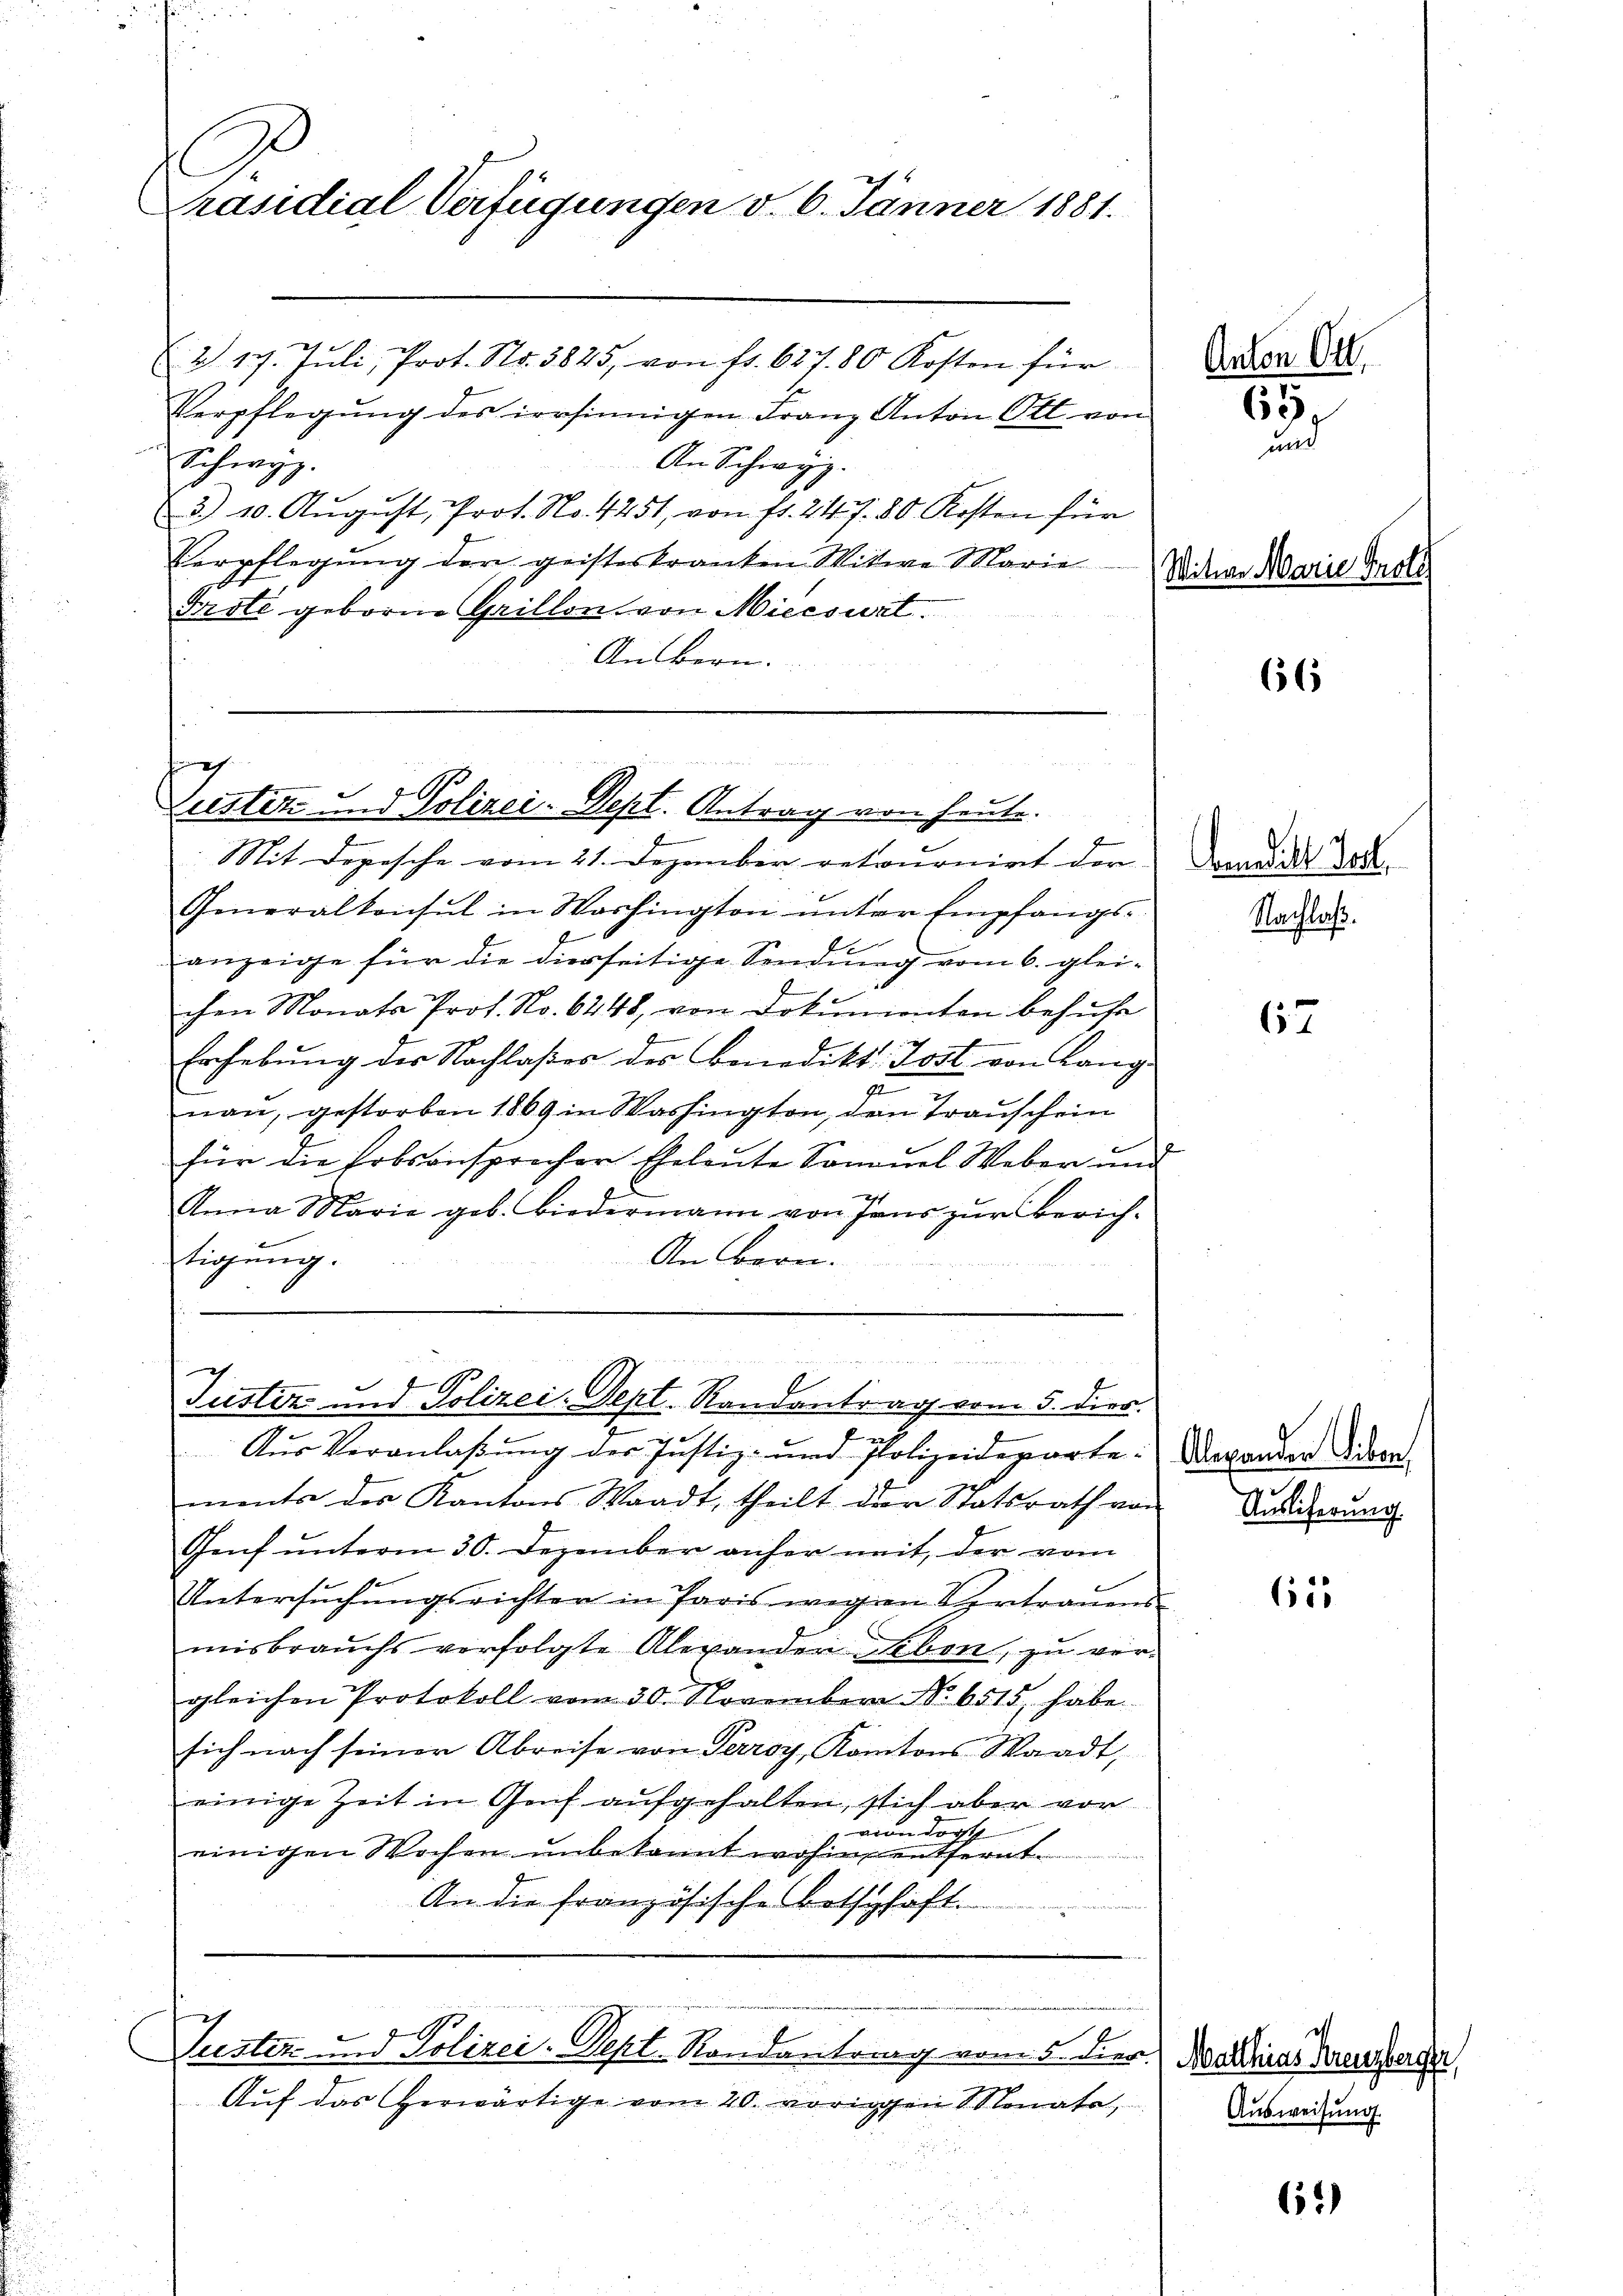
C
Präsidial-Verfügungen v. 6. Jänner 1881.
E. 2) 17. Jŭli Prot. Nr. 3825, von fr. 627. 80 Kosten für

Verpflegŭng des irrsinnigen Franz Anton Ott von
Schwyz.
An Schwyz.
3.) 10. Aŭgŭst, Prot. No. 4251, von fr. 247. 80 Kosten für
Verpflegung der geisteskranken Witwe Marie
Fristi geborne Grillon von Mieesurt
An Bern.

Generalkonsul in Washington ŭnter Empfangs-
anzeige für die diesseitige Sendung vom 6. glei-
chen Monats Prof. No. 6248, von Dokumenten behufe
g
Erhebŭng der Nachlaβios des Benedikt Jost von Lang¬
22
nau, gestorben 1869 in Washington, den Trauschein
für die Erbsansprocher Eheleute Sonnuel Weber und
2
21
Anna Marie geb. Biedermann von sans zŭr Zürich-
An Bern.
tigung.

ch
Zustiz und Polizei-Dept. Antrag von heute.
Mit Depesche vom 21. Dezember retournirt der

1
6
Justiz und Polizei-Sept. Randantrag vom 5. dies

Nur Veranlaßung der Justiz- und Polizeideparte: Vaganden dera
ments des Kantons Waadt, theilt der Statsrath von
Genf unterm 30. Dezember anher mit, der vom
Untersuchungsrichten in Paris wegen Vertrauens
misbrauchs verfolgte Alexanden Leben, zŭ ver-
gleichen Protokoll vom 30. November No. 6515, habe
sich nach seiner Abreise von Perroy, Kantons Waadt,
einige Zeit in Genf aufgehalten, sich aber vor
vion dort
einigen Wochen unbekannt wohin entfernt.
An die französische Botschaft.

Suster in Polizei-Pept. Randantrag vom 5. dies.

Auf das herwärtige vom 20. vorigen Monate,

Anton

65.
ad

Witwe Marie

66

Andelt Jost,
Nachlaß.

67

Ausliferung.

61

4.

Matthias Kreuzbergen,
Ausweisung.

62